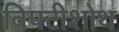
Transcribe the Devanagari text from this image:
विपटीशोथ